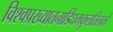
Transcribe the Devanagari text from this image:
विश्वप्रख्यातनाडिंधमकुलतिलको